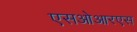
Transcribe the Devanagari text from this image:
एसओआरएस